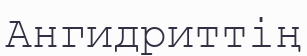
Ангидриттің